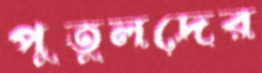
পুতুলদের